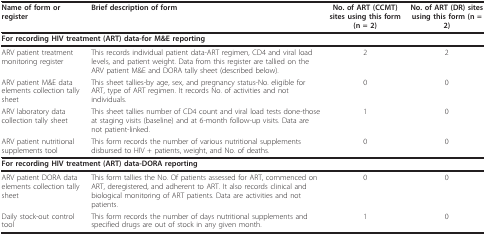
<table><thead><tr><td><b>Name of form or register</b></td><td><b>Brief description of form</b></td><td><b>No. of ART (CCMT) sites using this form (n = 2)</b></td><td><b>No. of ART (DR) sites using this form (n = 2)</b></td></tr></thead><tbody><tr><td colspan="4"><b>For recording HIV treatment (ART) data-for M&amp;E reporting</b></td></tr><tr><td>ARV patient treatment monitoring register</td><td>This records individual patient data-ART regimen, CD4 and viral load levels, and patient weight. Data from this register are tallied on the ARV patient M&amp;E and DORA tally sheet (described below).</td><td>2</td><td>2</td></tr><tr><td>ARV patient M&amp;E data elements collection tally sheet</td><td>This sheet tallies-by age, sex, and pregnancy status-No. eligible for ART, type of ART regimen. It records No. of activities and not individuals.</td><td>0</td><td>0</td></tr><tr><td>ARV laboratory data collection tally sheet</td><td>This sheet tallies number of CD4 count and viral load tests done-those at staging visits (baseline) and at 6-month follow-up visits. Data are not patient-linked.</td><td>1</td><td>0</td></tr><tr><td>ARV patient nutritional supplements tool</td><td>This form records the number of various nutritional supplements disbursed to HIV + patients, weight, and No. of deaths.</td><td>0</td><td>0</td></tr><tr><td colspan="2"><b>For recording HIV treatment (ART) data-DORA reporting</b></td><td></td><td></td></tr><tr><td>ARV patient DORA data elements collection tally sheet</td><td>This form tallies the No. Of patients assessed for ART, commenced on ART, deregistered, and adherent to ART. It also records clinical and biological monitoring of ART patients. Data are activities and not patients.</td><td>0</td><td>0</td></tr><tr><td>Daily stock-out control tool</td><td>This form records the number of days nutritional supplements and specified drugs are out of stock in any given month.</td><td>1</td><td>0</td></tr></tbody></table>